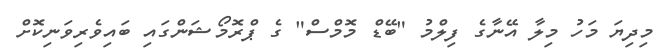
މިދިޔަ މަހު މިލާ އޭނާގެ ފިލްމު "ބޭޑް މޮމްސް" ގެ ޕްރޮމޯޝަންގައި ބައިވެރިވަނިކޮށް